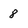
Character: 8